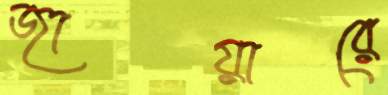
জায়ারে